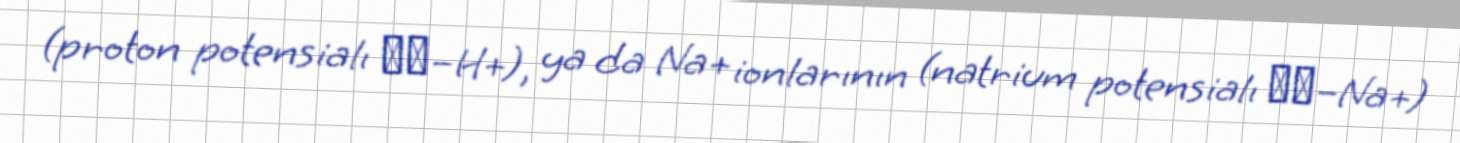
(proton potensialı Δμ–H+), ya da Na+ ionlarının (natrium potensialı Δμ–Na+)